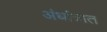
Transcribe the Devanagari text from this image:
अंधांत्रात